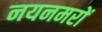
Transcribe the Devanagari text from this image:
नयनमरों